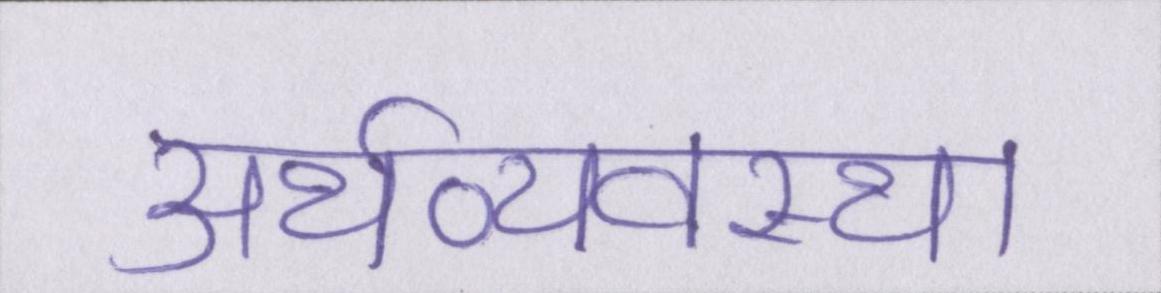
अर्थव्यवस्था